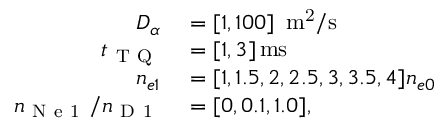
\begin{array} { r l } { D _ { \alpha } } & { { } = [ 1 , 1 0 0 ] ~ \ensuremath { \, \mathrm { m ^ { 2 } / s } } } \\ { t _ { \mathrm { ~ T ~ Q ~ } } } & { { } = [ 1 , 3 ] \ensuremath { \, \mathrm { m s } } } \\ { n _ { e 1 } } & { { } = [ 1 , 1 . 5 , 2 , 2 . 5 , 3 , 3 . 5 , 4 ] n _ { e 0 } } \\ { n _ { \mathrm { ~ N ~ e ~ 1 ~ } } / n _ { \mathrm { ~ D ~ 1 ~ } } } & { { } = [ 0 , 0 . 1 , 1 . 0 ] , } \end{array}